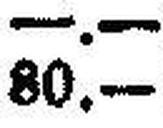
80.—